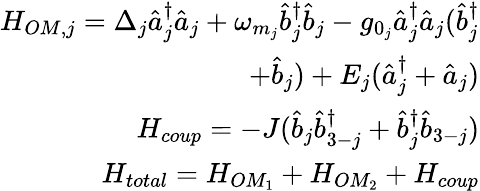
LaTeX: \begin{array}{r}{H_{OM,j}=\Delta_{j}\hat{a}_{j}^{\dagger}\hat{a}_{j}+\omega_{m_{j}}\hat{b}_{j}^{\dagger}\hat{b}_{j}-g_{0_{j}}\hat{a}_{j}^{\dagger}\hat{a}_{j}(\hat{b}_{j}^{\dagger}}\\ {+\hat{b}_{j})+E_{j}(\hat{a}_{j}^{\dagger}+\hat{a}_{j})}\\ {H_{coup}=-J(\hat{b}_{j}\hat{b}_{3-j}^{\dagger}+\hat{b}_{j}^{\dagger}\hat{b}_{3-j})}\\ {H_{total}=H_{OM_{1}}+H_{OM_{2}}+H_{coup}}\end{array}